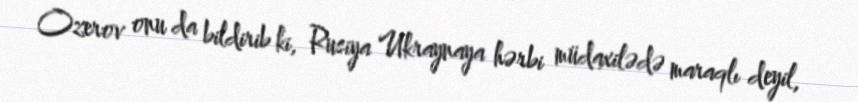
Ozerov onu da bildirib ki, Rusiya Ukraynaya hərbi müdaxilədə maraqlı deyil,